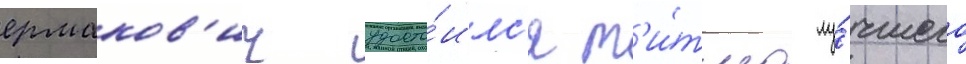
ермаков'ич удосто́илс'я т'и́тула лу́чшего